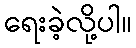
ရေးခဲ့လို့ပါ။